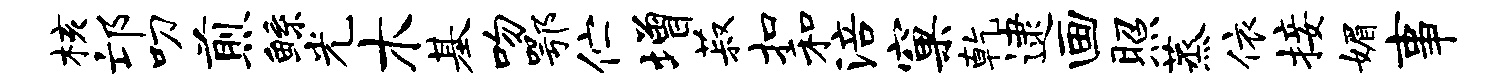
核邙叨煎鲧光木基吻鄂伫增菽扣和涪窠乾逮画照蒸依接媚事